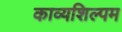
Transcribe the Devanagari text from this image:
काव्यशिल्पम